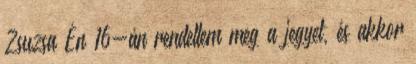
Zsuzsa Én 16-án rendeltem meg a jegyet, és akkor